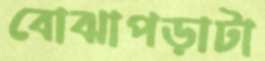
বোঝাপড়াটা